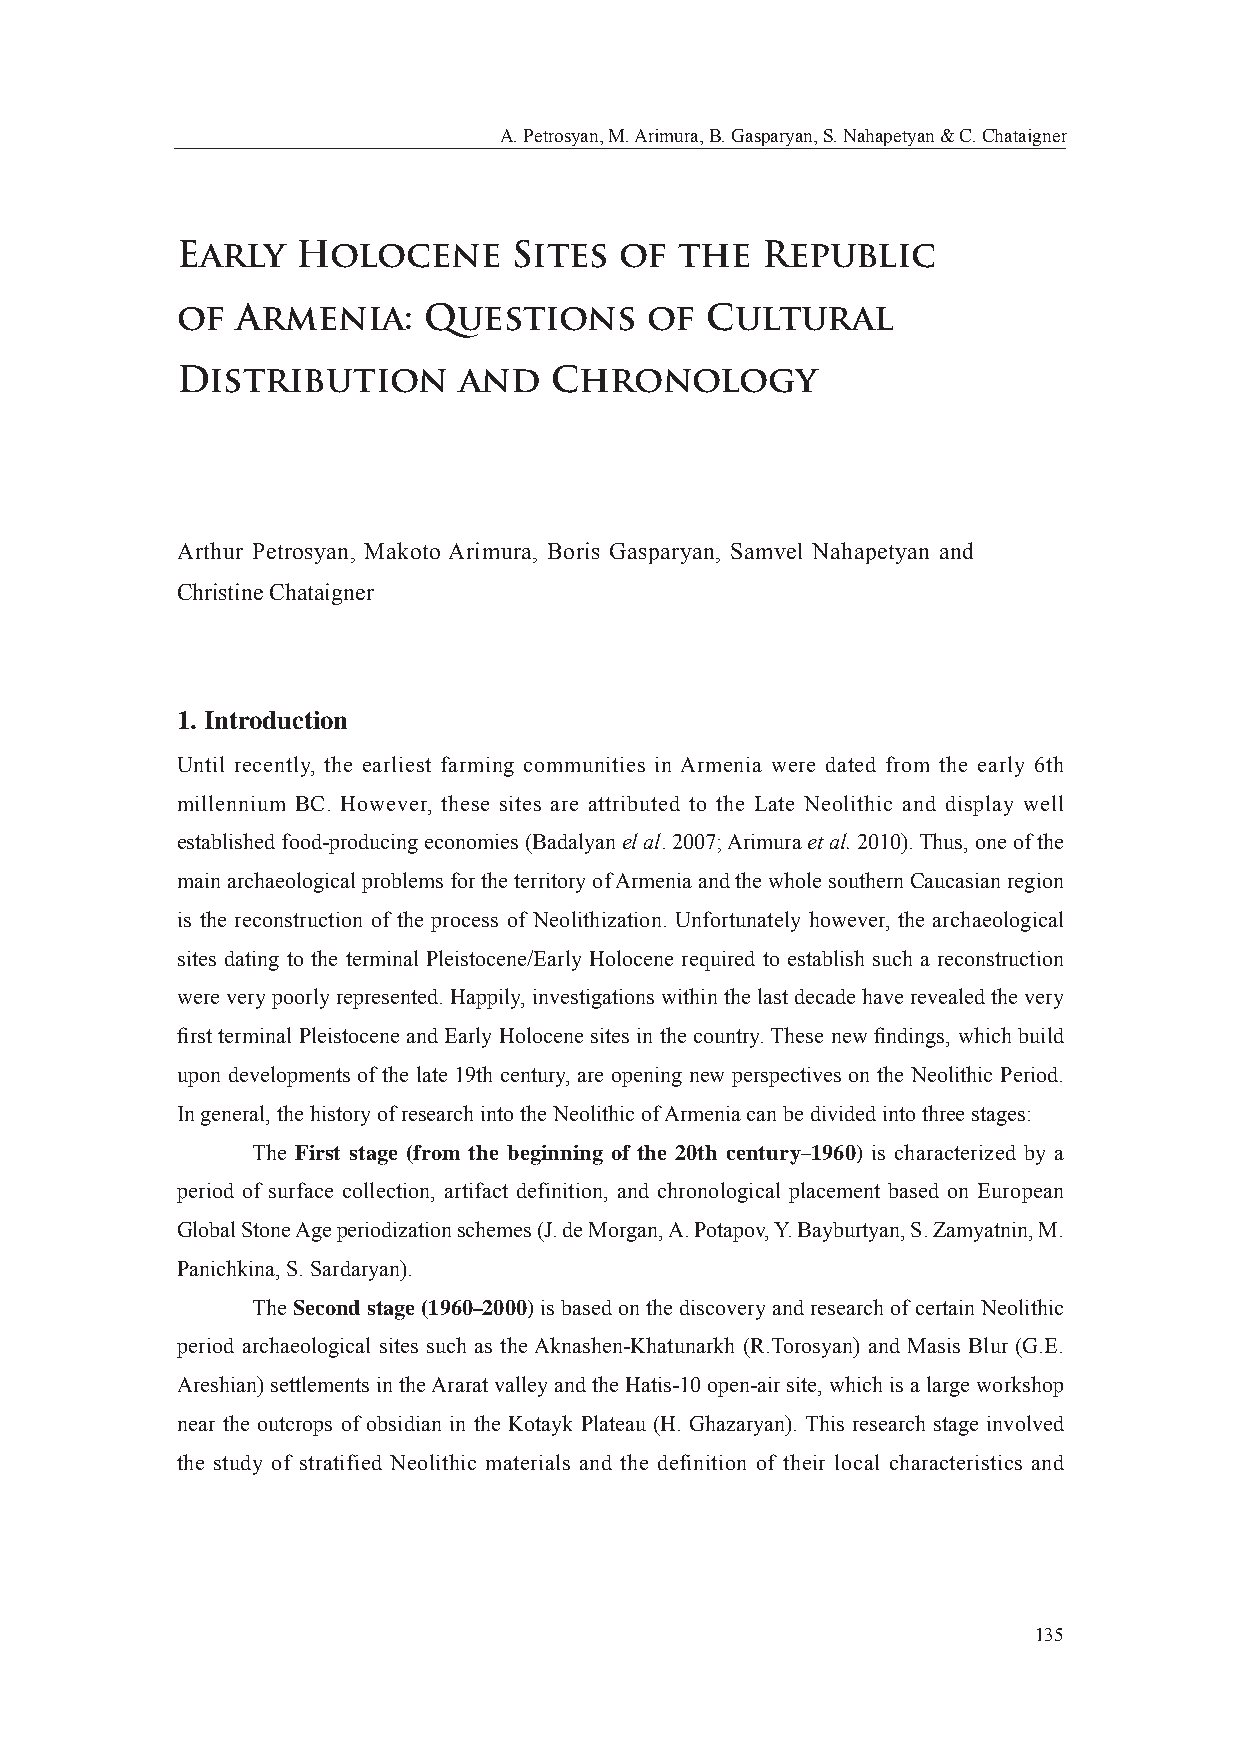
A. Petrosyan, M. Arimura, B. Gasparyan, S. Nahapetyan & C. Chataigner
 Early   Holocene      Sites  of  the  Republic
 of  Armenia:    Questions      of  Cultural
 Distribution      and   Chronology
 Arthur Petrosyan, Makoto Arimura, Boris Gasparyan, Samvel Nahapetyan and
 Christine Chataigner
 1. Introduction
 Until recently, the earliest farming communities in Armenia were dated from the early 6th
 millennium BC. However, these sites are attributed to the Late Neolithic and display well
 established food-producing economies (Badalyan el al. 2007; Arimura et al. 2010). Thus, one of the
 main archaeological problems for the territory of Armenia and the whole southern Caucasian region
 is the reconstruction of the process of Neolithization. Unfortunately however, the archaeological
 sites dating to the terminal Pleistocene/Early Holocene required to establish such a reconstruction
 were very poorly represented. Happily, investigations within the last decade have revealed the very
 fi rst terminal Pleistocene and Early Holocene sites in the country. These new fi ndings, which build
 upon developments of the late 19th century, are opening new perspectives on the Neolithic Period.
 In general, the history of research into the Neolithic of Armenia can be divided into three stages:
 The First stage (from the beginning of the 20th century–1960) is characterized by a
 period of surface collection, artifact definition, and chronological placement based on European
 Global Stone Age periodization schemes (J. de Morgan, A. Potapov, Y. Bayburtyan, S. Zamyatnin, M.
 Panichkina, S. Sardaryan).
 The Second stage (1960–2000) is based on the discovery and research of certain Neolithic
 period archaeological sites such as the Aknashen-Khatunarkh (R.Torosyan) and Masis Blur (G.E.
 Areshian) settlements in the Ararat valley and the Hatis-10 open-air site, which is a large workshop
 near the outcrops of obsidian in the Kotayk Plateau (H. Ghazaryan). This research stage involved
 the study of stratified Neolithic materials and the definition of their local characteristics and
 135